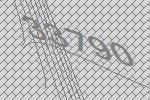
33790